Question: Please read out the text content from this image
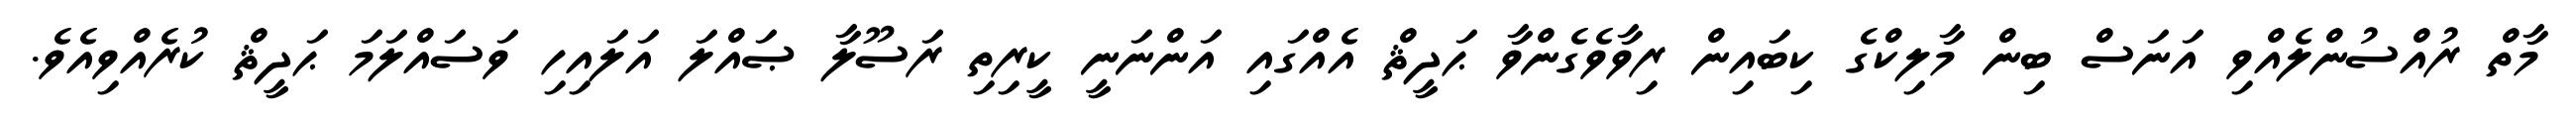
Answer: މާތް ރުއްސުންލެއްވި އަނަސް ބިން މާލިކްގެ ކިބައިން ރިވާވެގެންވާ ޙަދީޘް އެއްގައި އަންނަނީ ކީރިތި ރަސޫލާ ޞައްލަ އަލައިހި ވަސައްލަމަ ޙަދީޘް ކުރެއްވިއެވެ.